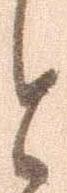
と